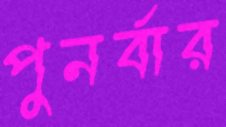
পুনর্বার